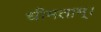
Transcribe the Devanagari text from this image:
धीमताम्।